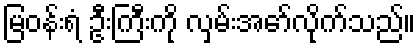
မြဝန်းရံ ဦးကြီးကို လှမ်းအော်လိုက်သည်။